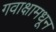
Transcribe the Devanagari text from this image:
गवाक्षामधून